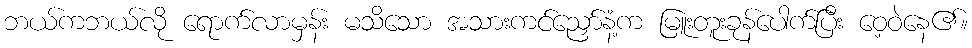
ဘယ်ကဘယ်လို ရောက်လာမှန်း မသိသော အသားကင်ညှော်နံ့က မြူးတူးခုန်ပေါက်ပြီး ဝေ့ဝဲနေ၏။